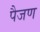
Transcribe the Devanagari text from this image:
पैजण